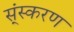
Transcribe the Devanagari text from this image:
स्ंस्करण